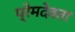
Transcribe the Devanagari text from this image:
प्रेमदेवता